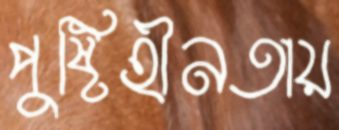
পুষ্টিহীনতায়